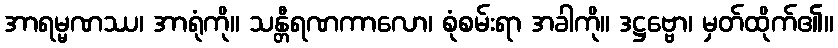
အာရမ္မဏဿ၊ အာရုံကို။ သန္တီရဏကာလော၊ စုံစမ်းရာ အခါကို။ ဒဋ္ဌဗ္ဗော၊ မှတ်ထိုက်၏။